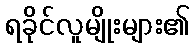
ရခိုင်လူမျိုးများ၏